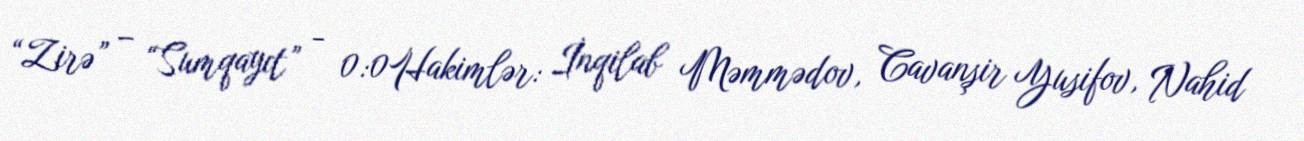
“Zirə” – “Sumqayıt” - 0:0Hakimlər: İnqilab Məmmədov, Cavanşir Yusifov, Nahid